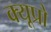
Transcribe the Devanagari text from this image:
क्यूप्रो